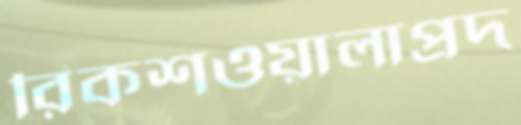
রিকশওয়ালাপ্রদ